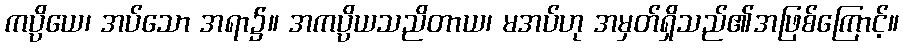
ကပ္ပိယေ၊ အပ်သော အရာ၌။ အကပ္ပိယသညိတာယ၊ မအပ်ဟု အမှတ်ရှိသည်၏အဖြစ်ကြောင့်။